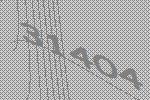
31404